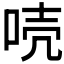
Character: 𠳗